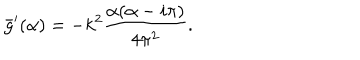
\bar { g } ^ { \prime } ( \alpha ) = - k ^ { 2 } { \frac { \alpha ( \alpha - i \pi ) } { 4 \pi ^ { 2 } } } .